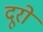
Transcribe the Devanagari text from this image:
दूरों